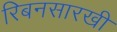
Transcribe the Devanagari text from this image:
रिबनसारखी